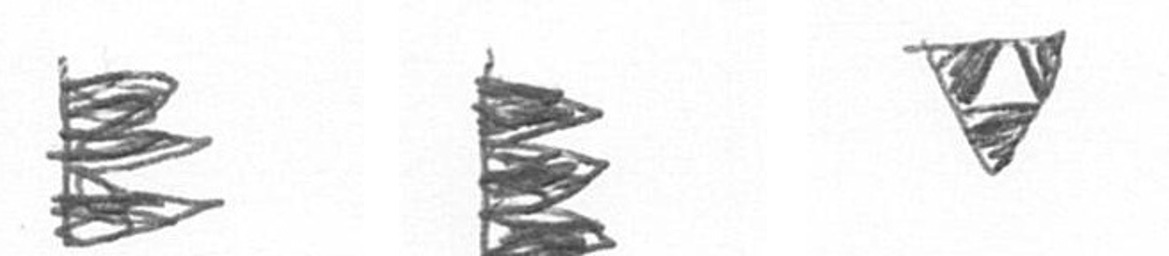
H H S